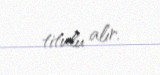
titulu alır.